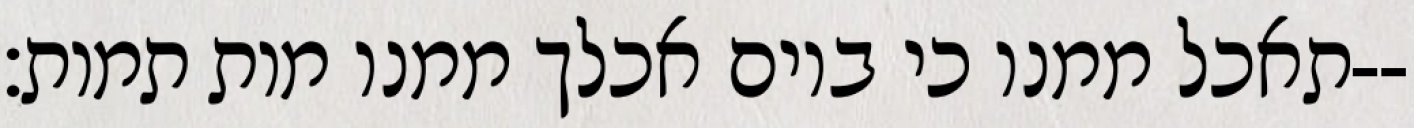
תאכל ממנו כי ביום אכלך ממנו מות תמות׃--